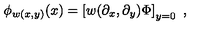
\phi _ { w ( x , y ) } ( x ) = \left[ w ( \partial _ { x } , \partial _ { y } ) \Phi \right] _ { y = 0 } \ ,